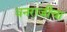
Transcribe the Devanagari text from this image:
वनराजीचा